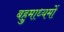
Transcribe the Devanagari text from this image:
बहुमाध्यमों